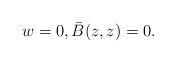
LaTeX: \begin{align*}w = 0, \bar{B}(z,z) = 0 .\end{align*}